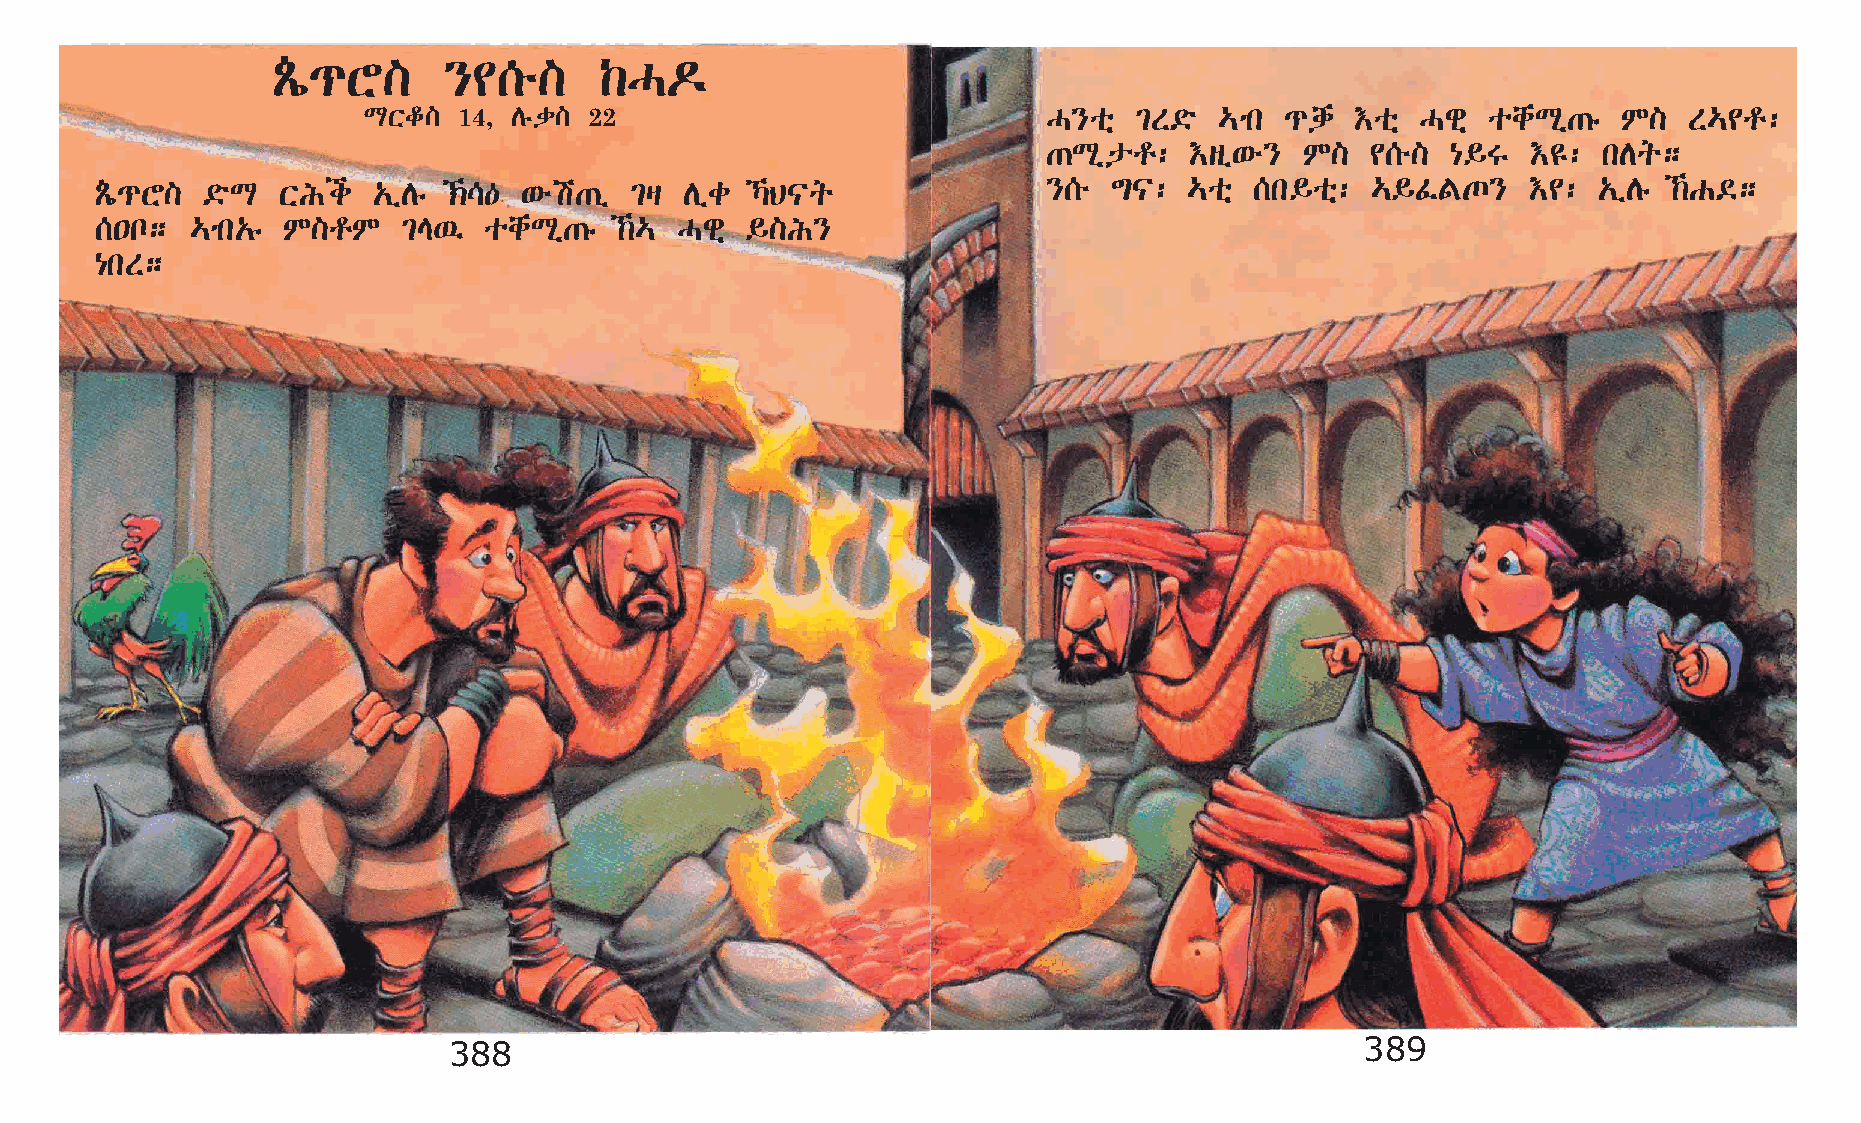
ÃÂí¹Y]     }¢[é]      ‰H¬
 LXf]  14, Dêd] 22                            H}oñ  ²S©ö  …mk ¹dh  †oñ Hgñ ochLð·ê  M]   S…¢r:
 ·Lðpr:    †sï‘é} M]   ¢[é] {§T  †£:  kDq;
 ÃÂí¹Y] ©öL  XIi    „ïDê ‹\— ‘éa·ï  ²š Dïc  ŠB|q              }[é  ´|:  …oñ [k§oñ:  …§ÊFº}    †¢:  „ïDê ‰G©;
 [•n;   …mk„ê M]rM    ²E’  ochLð·ê  ‰… Hgñ §]I}
 {kS;
 388                                                         389